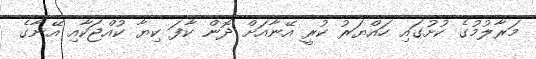
މަރާލުމުގެ ކުށުގައި ހައްޔަރު ކުރީ އޭނާއަށް ދޮން ކާފަ ކިޔާ ކުއްޖަކާއި އޭނާގެ